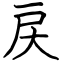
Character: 戻